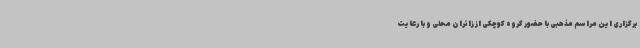
برگزاری این مراسم مذهبی با حضور گروه کوچکی از زائران محلی و با رعایت